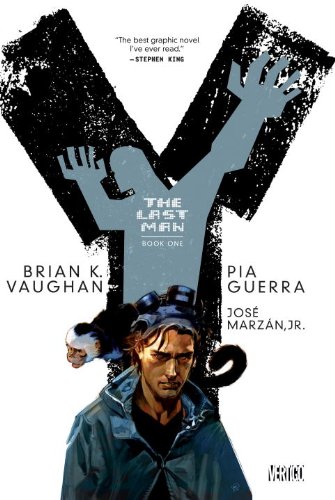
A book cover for Y The Last Man Book One; Brian K. Vaughan; Comics & Graphic Novels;